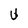
Character: U